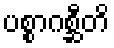
ပစ္စာဂစ္ဆီတိ